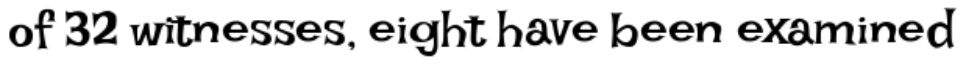
of 32 witnesses, eight have been examined